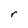
Character: r